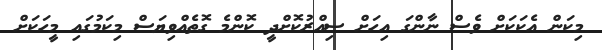
މިކަން އެކަކަށް ވެސް ނާންގަ އިހަށް ސިއްރުކޮށްދީ ކޮންމެ ގޮތެއްވިޔަސް މިކަމުގައި މީހަކަށް